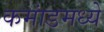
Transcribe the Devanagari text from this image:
कमांडमध्ये